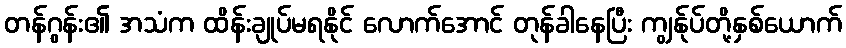
တန်ဂွန်း၏ အသံက ထိန်းချုပ်မရနိုင် လောက်အောင် တုန်ခါနေပြီး ကျွန်ုပ်တို့နှစ်ယောက်